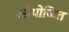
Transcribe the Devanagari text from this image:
ओयोजित